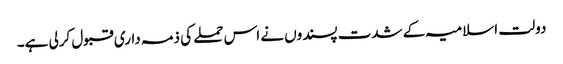
دولت اسلامیہ کے شدت پسندوں نے اس حملے کی ذمہ داری قبول کرلی ہے۔